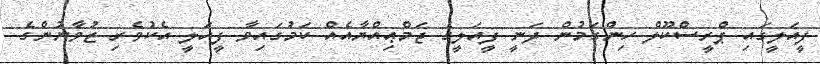
ފީއަލީގައި ޕްރީސްކޫލް ހިންގަމުން ދަނީ ފީއަލީގެ ޖަމްޢިއްޔާއެއް ކަމުގައިވާ ފީއަލީ އެކުވެރި ޒުވާނުންގެ